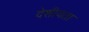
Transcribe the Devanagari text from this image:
देशीयता